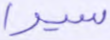
سيرا